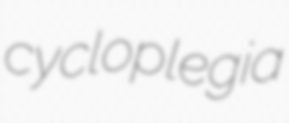
cycloplegia